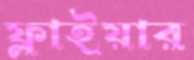
ফ্লাইয়ার